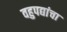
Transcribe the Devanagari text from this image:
वहुपद्यांचा